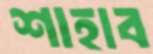
শাহাব